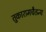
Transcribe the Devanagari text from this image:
तुकारामचैतन्य